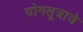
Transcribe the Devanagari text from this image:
योगसूत्राचे